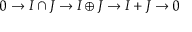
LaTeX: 0 \to I \cap J \to I \oplus J \to I + J \to 0